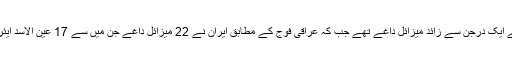
یاد رہے کہ ایران نے ایک درجن سے زائد میزائل داغے تھے جب کہ عراقی فوج کے مطابق ایران نے 22 میزائل داغے جن میں سے 17 عین الاسد ایئربیس پر داغے گئے۔